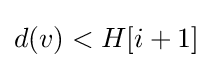
d(v)<H[i+1]